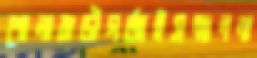
শোলাবাড়ীগর্‌জাইসম্মাননা